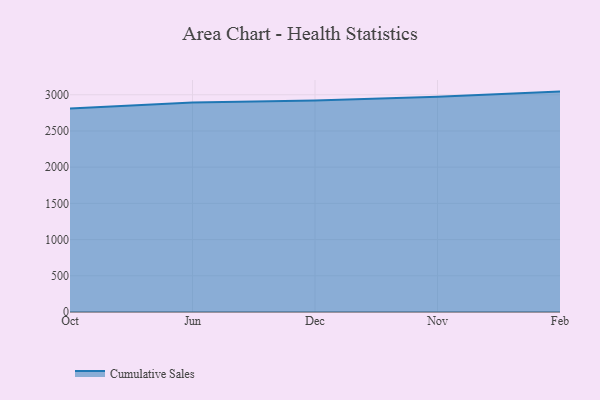
{"axis": {"x": "Month", "y": "Latency (ms)"}, "legend": ["Cumulative Sales"], "data": [{"x": "Oct", "y": 2809.0, "type": "Cumulative Sales"}, {"x": "Jun", "y": 2892.6, "type": "Cumulative Sales"}, {"x": "Dec", "y": 2921.8, "type": "Cumulative Sales"}, {"x": "Nov", "y": 2972.8, "type": "Cumulative Sales"}, {"x": "Feb", "y": 3043.6, "type": "Cumulative Sales"}]}